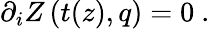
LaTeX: \partial_{i}Z\left(t(z),q\right)=0\ .